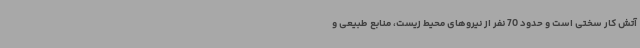
آتش کار سختی است و حدود 70 نفر از نیروهای محیط زیست، منابع طبیعی و